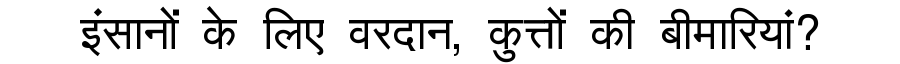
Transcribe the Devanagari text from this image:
इंसानों के लिए वरदान, कुत्तों की बीमारियां?